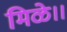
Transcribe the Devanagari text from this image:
मिळे।।